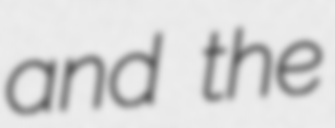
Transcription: and the